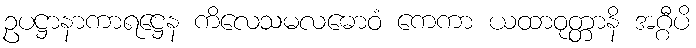
ဥပဋ္ဌာနာကာရဋ္ဌေန ကိလေသမလဓောဝံ ကေကာ ယထာဝုတ္တာနိ အဂ္ဂီပိ